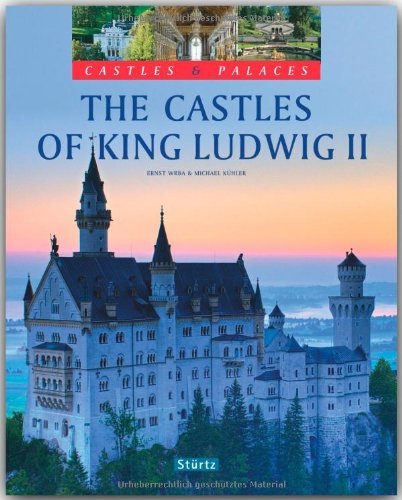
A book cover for The Castles of King Ludwig II (Castles & Palaces); Michael Kuhler; Travel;